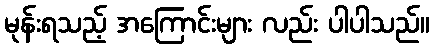
မုန်းရသည့် အကြောင်းများ လည်း ပါပါသည်။